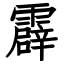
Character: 霹